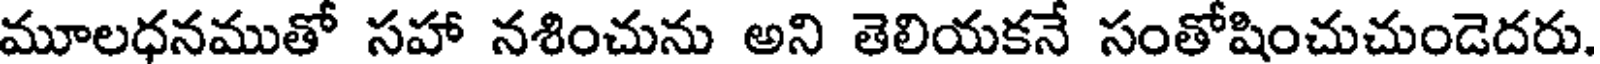
మూలధనముతో సహా నశించును అని తెలియకనే సంతోషించుచుండెదరు